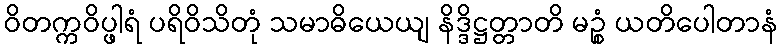
ဝိတက္ကဝိပ္ဖါရံ ပရိဝိသိတုံ သမာဓိယေယျ နိဒ္ဒိဋ္ဌတ္တာတိ မဉ္စံ ယတိပေါတာနံ